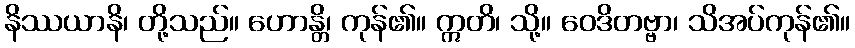
နိဿယာနိ၊ တို့သည်။ ဟောန္တိ၊ ကုန်၏။ ဣတိ၊ သို့။ ဝေဒိတဗ္ဗာ၊ သိအပ်ကုန်၏။